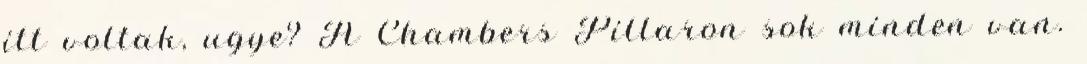
itt voltak, ugye? A Chambers Pillaron sok minden van.